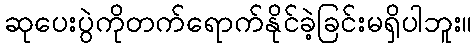
ဆုပေးပွဲကိုတက်ရောက်နိုင်ခဲ့ခြင်းမရှိပါဘူး။